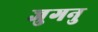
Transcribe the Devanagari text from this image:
जुगनु